Annual vaccination report of Bihar and Orissa - 1911-1928
Year: 1911
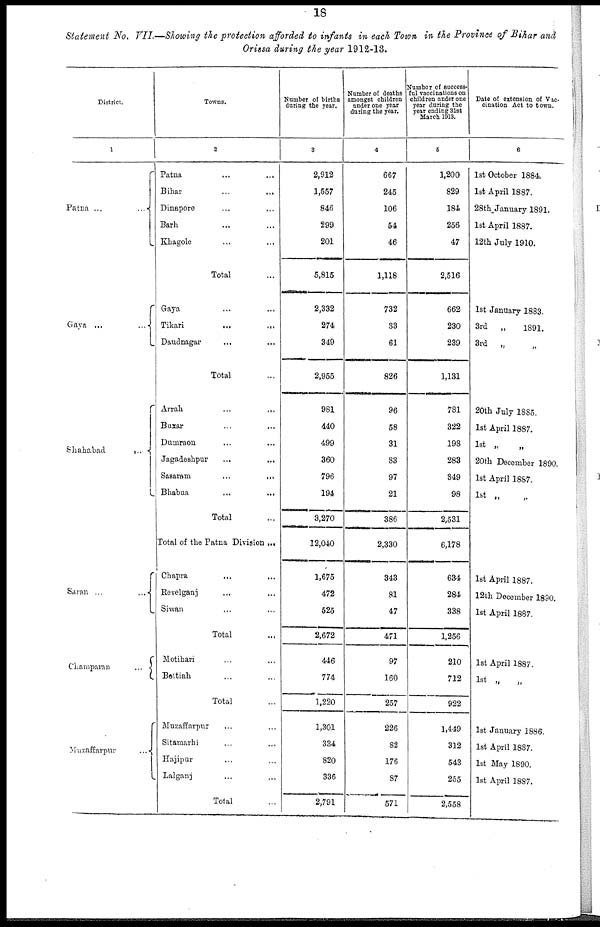
18
Statement No. VII—Showing the protection afforded to infants in each Town in the Province of Bihar and
Orissa during the year 1912-13.
District.
1
Patna ...
...
Gaya ...
...
Shahabad
...
Saran ...
...
Champaran
...
Muzaffarpur ...
Towns.
2
Patna ... ...
Bihar
...
...
Dinapore ... ...
Barh ... ...
Khagole ... ...
Total ...
Gaya ... ...
Tikari ... ...
Daudnagar
...
...
Total ...
Arrah
...
...
Buxar ... ...
Dumraon ... ...
Jagadeshpur
...
...
Sasaram
...
...
Bhabua
...
...
Total ...
Total of the Patna Division ...
Chapra
...
...
Revelganj ... ...
Siwan ... ...
Total ...
Motihari ... ...
Bettiah ... ...
Total ...
Muzaffarpur ... ...
Sitamarhi ... ...
Hajipur ... ...
Lalganj ... ...
Total ...
Number of births
during the year.
3
2,912
1,557
846
299
201
5,815
2,332
274
349
2,955
981
440
499
360
796
194
3,270
12,040
1,675
472
525
2,672
446
774
1,220
1,301
334
820
336
2,791
Number of deaths
amongst children
under one year
during the year.
4
667
245
106
54
46
1,118
732
33
61
826
96
58
31
83
97
21
386
2,330
343
81
47
471
97
160
257
226
82
176
87
571
Number of success-
ful vaccinations on
children under one
year during the
year ending 31st
March 1913.
5
1,200
829
184
256
47
2,516
662
230
239
1,131
781
322
198
283
849
98
2,531
6,178
634
284
338
1,256
210
712
922
1,449
312
543
255
2,558
Date of extension of Vac-
cination Act to town.
6
1st October 1884.
1st April 1887.
28th January 1891.
1st April 1887.
12th July 1910.
1st January 1883.
3rd „
1891.
3rd „ „
20th July 1885.
1st April 1887.
1st „ „
20th December 1890.
1st April 1887.
lst „ „
1st April 1887.
12th December 1890.
1st April 1887.
1st April 1887.
1st „
„
1st January 1886.
1st April 1887.
1st May 1890.
1st April 1887.